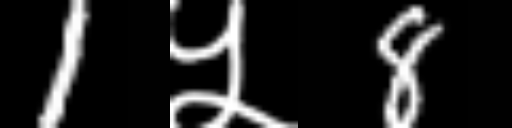
Text: 1५8